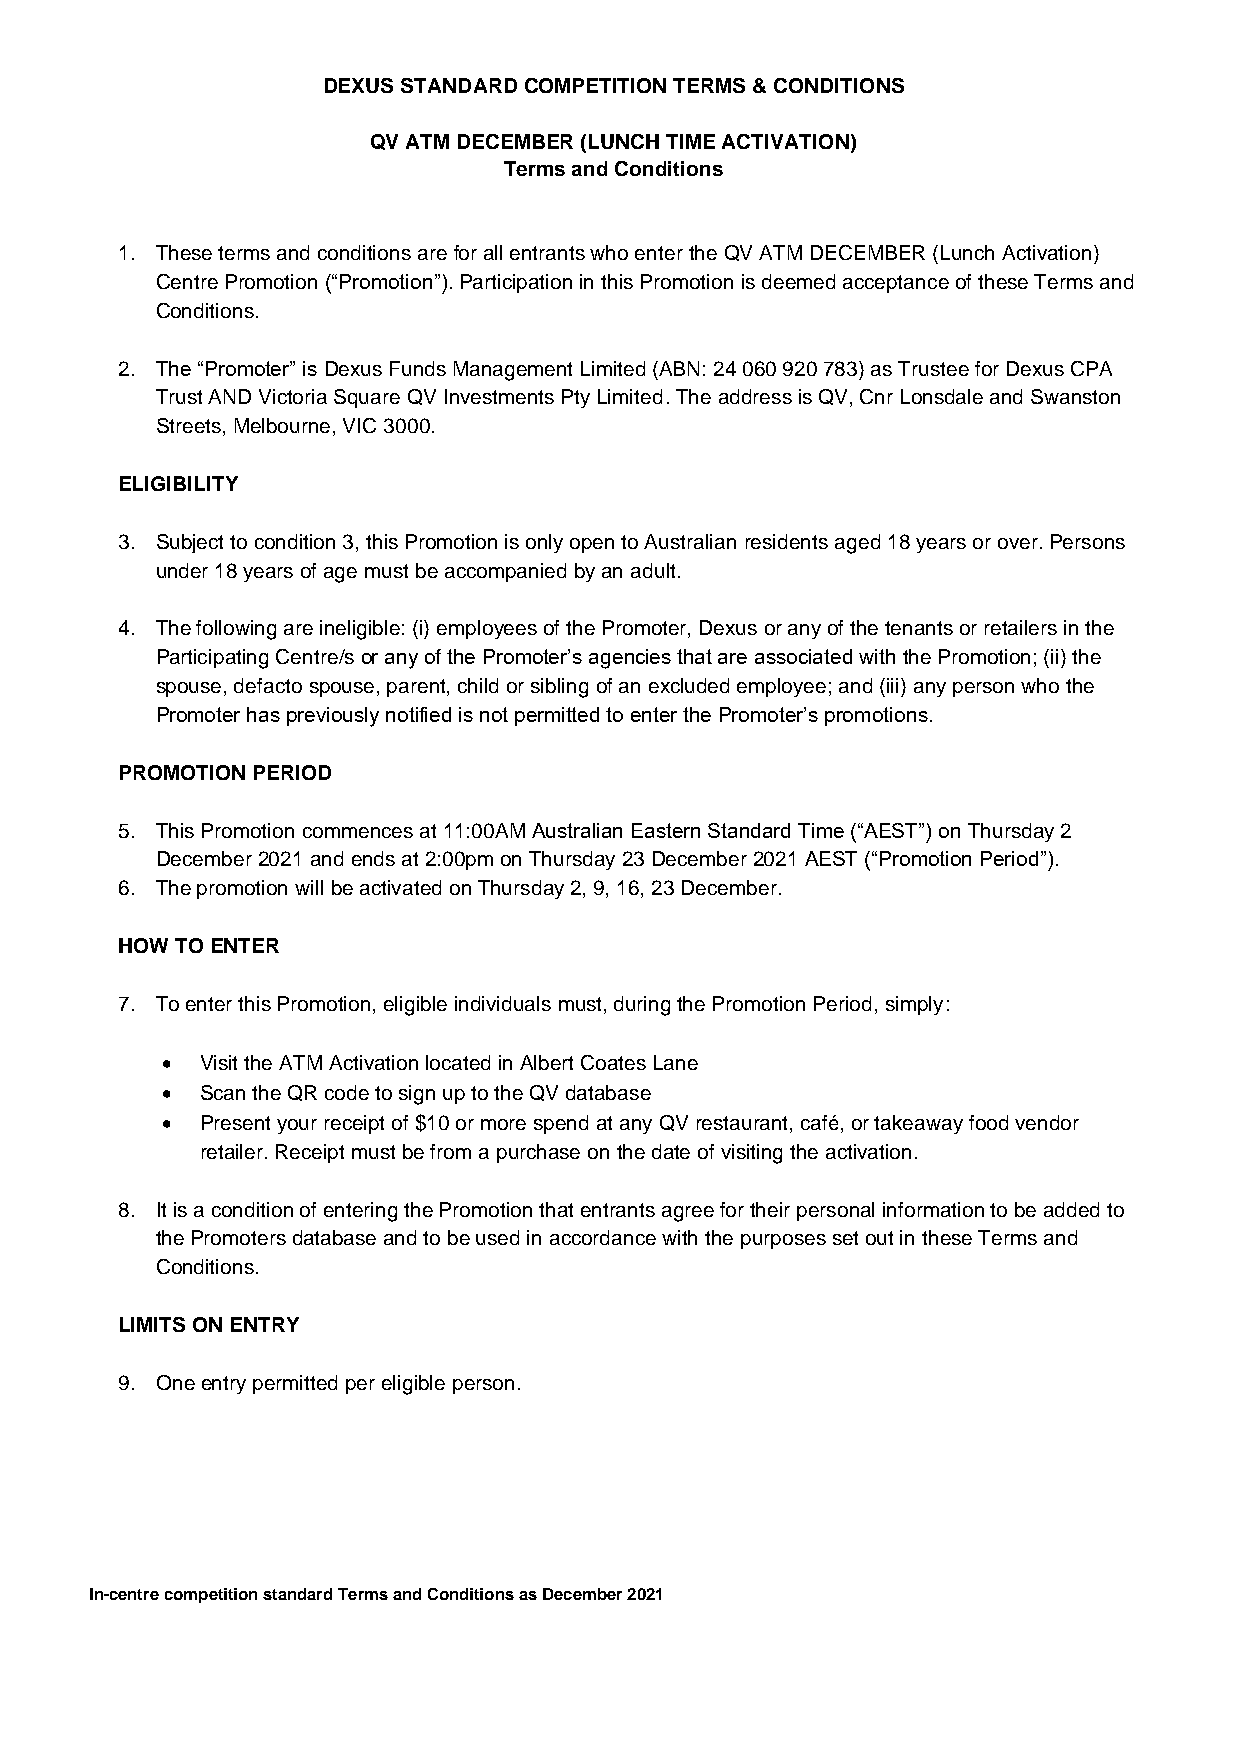
DEXUS STANDARD COMPETITION TERMS & CONDITIONS
 QV ATM DECEMBER (LUNCH TIME ACTIVATION)
 Terms and Conditions
 1. These terms and conditions are for all entrants who enter the QV ATM DECEMBER (Lunch Activation)
 Centre Promotion (“Promotion”). Participation in this Promotion is deemed acceptance of these Terms and
 Conditions.
 2. The “Promoter” is Dexus Funds Management Limited (ABN: 24 060 920 783) as Trustee for Dexus CPA
 Trust AND Victoria Square QV Investments Pty Limited. The address is QV, Cnr Lonsdale and Swanston
 Streets, Melbourne, VIC 3000.
 ELIGIBILITY
 3. Subject to condition 3, this Promotion is only open to Australian residents aged 18 years or over. Persons
 under 18 years of age must be accompanied by an adult.
 4. The following are ineligible: (i) employees of the Promoter, Dexus or any of the tenants or retailers in the
 Participating Centre/s or any of the Promoter’s agencies that are associated with the Promotion; (ii) the
 spouse, defacto spouse, parent, child or sibling of an excluded employee; and (iii) any person who the
 Promoter has previously notified is not permitted to enter the Promoter’s promotions.
 PROMOTION PERIOD
 5. This Promotion commences at 11:00AM Australian Eastern Standard Time (“AEST”) on Thursday 2
 December 2021 and ends at 2:00pm on Thursday 23 December 2021 AEST (“Promotion Period”).
 6. The promotion will be activated on Thursday 2, 9, 16, 23 December.
 HOW TO ENTER
 7. To enter this Promotion, eligible individuals must, during the Promotion Period, simply:
 • Visit the ATM Activation located in Albert Coates Lane
 • Scan the QR code to sign up to the QV database
 • Present your receipt of $10 or more spend at any QV restaurant, café, or takeaway food vendor
 retailer. Receipt must be from a purchase on the date of visiting the activation.
 8. It is a condition of entering the Promotion that entrants agree for their personal information to be added to
 the Promoters database and to be used in accordance with the purposes set out in these Terms and
 Conditions.
 LIMITS ON ENTRY
 9. One entry permitted per eligible person.
 In-centre competition standard Terms and Conditions as December 2021